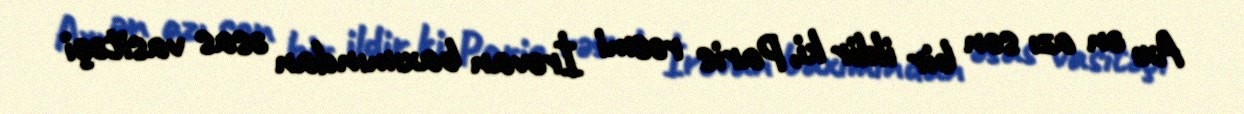
Axı ən azı son bir ildir ki, Paris rəsmi İrəvan baxımından əsas vasitəçi